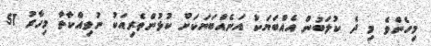
މިހެންވެ މި ދެ ކުލަބުން އެއްބަޔަކު އަނެއްބަޔަކަށް ކުޅުންތެރިއަކު ނުވިއްކާތާ މިހާރު 51